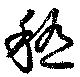
稽